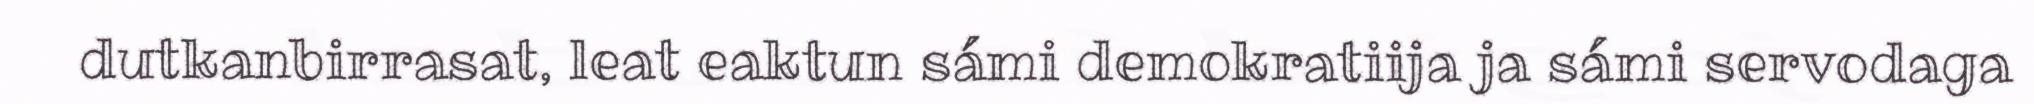
dutkanbirrasat, leat eaktun sámi demokratiija ja sámi servodaga